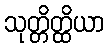
သုတ္တိတ္ထိယာ